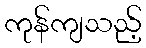
ကုန်ကျသည့်